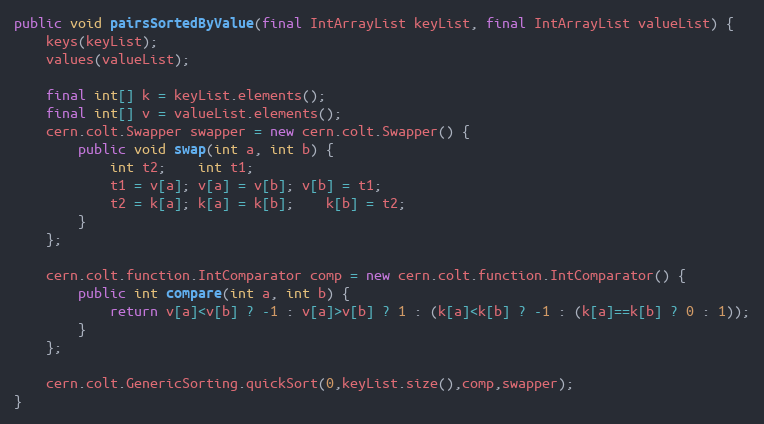
Language: Java
public void pairsSortedByValue(final IntArrayList keyList, final IntArrayList valueList) {
	keys(keyList);
	values(valueList);

	final int[] k = keyList.elements();
	final int[] v = valueList.elements();
	cern.colt.Swapper swapper = new cern.colt.Swapper() {
		public void swap(int a, int b) {
			int t2;	int t1;
			t1 = v[a]; v[a] = v[b]; v[b] = t1;
			t2 = k[a]; k[a] = k[b];	k[b] = t2;
		}
	};

	cern.colt.function.IntComparator comp = new cern.colt.function.IntComparator() {
		public int compare(int a, int b) {
			return v[a]<v[b] ? -1 : v[a]>v[b] ? 1 : (k[a]<k[b] ? -1 : (k[a]==k[b] ? 0 : 1));
		}
	};

	cern.colt.GenericSorting.quickSort(0,keyList.size(),comp,swapper);
}